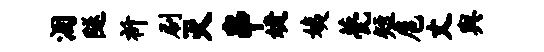
涸隧祈刷灭串婕姨甍短扈丈舆